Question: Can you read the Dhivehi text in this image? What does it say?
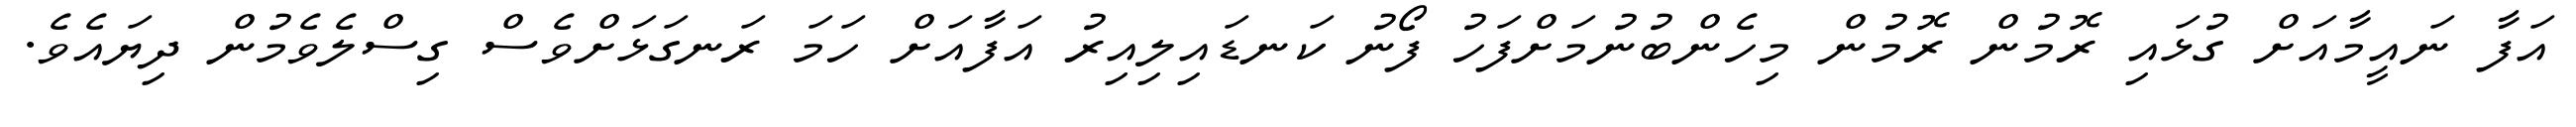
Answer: އަފާ ނައީމާއަށް ގުޅައި ރޮމުން ރޮމުން މިހެންބުނުމަށްފަހު ފޯނު ކަނޑައިލިއިރު އަފާއަށް ހަމަ ރަނގަޅަށްވެސް ގިސްލެވެމުން ދިޔައެވެ.